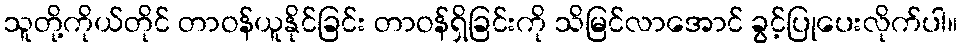
သူတို့ကိုယ်တိုင် တာဝန်ယူနိုင်ခြင်း တာဝန်ရှိခြင်းကို သိမြင်လာအောင် ခွင့်ပြုပေးလိုက်ပါ။